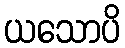
ယသောပိ